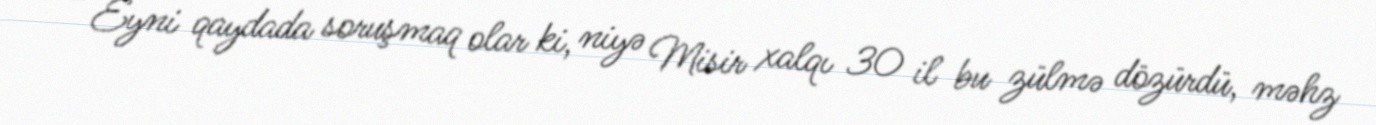
- Eyni qaydada soruşmaq olar ki, niyə Misir xalqı 30 il bu zülmə dözürdü, məhz